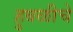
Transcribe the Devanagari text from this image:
हुबळीचे